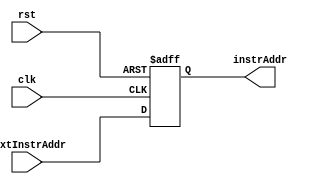

`timescale 1ns / 1ps
////////////////////////////////////////////////////////
// Assignment 6 - CS31001
// Implementing program counter (updates at every clock edge)
// Team Details - 
// Kushaz Sehgal - 20CS30030
// Jay Kumar Thakur - 20CS30024
////////////////////////////////////////////////////////

module Program_Counter (
    input [31:0] nextInstrAddr,
    input clk, 
    input rst,
    output reg [31:0] instrAddr
);

    always @(posedge clk or posedge rst) begin
        if (rst) begin
            instrAddr <= -32'd4;
        end else begin
            instrAddr <= nextInstrAddr;     // Update the program counter
        end
    end

endmodule